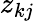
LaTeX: z_{kj}